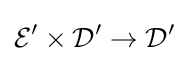
{\mathcal {E}}'\times {\mathcal {D}}'\to {\mathcal {D}}'